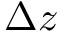
\Delta z